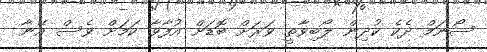
ސޯނަމް ދެކެ ކުދިން ލޯބިވާތީ ވަރަށް ބޮޑަށް އުފާވާ ކަމަށް ވެސް އޭނާ